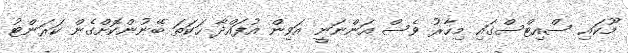
މޫކައި ސްއިޓްސްގައި މިހާރު ވެސް އަންނަނީ އަވިން އުފައްދާ ހަކަތަ ބޭނުންކޮށްގެން ކަރަންޓު